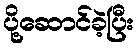
ပို့ဆောင်ခဲ့ပြီး